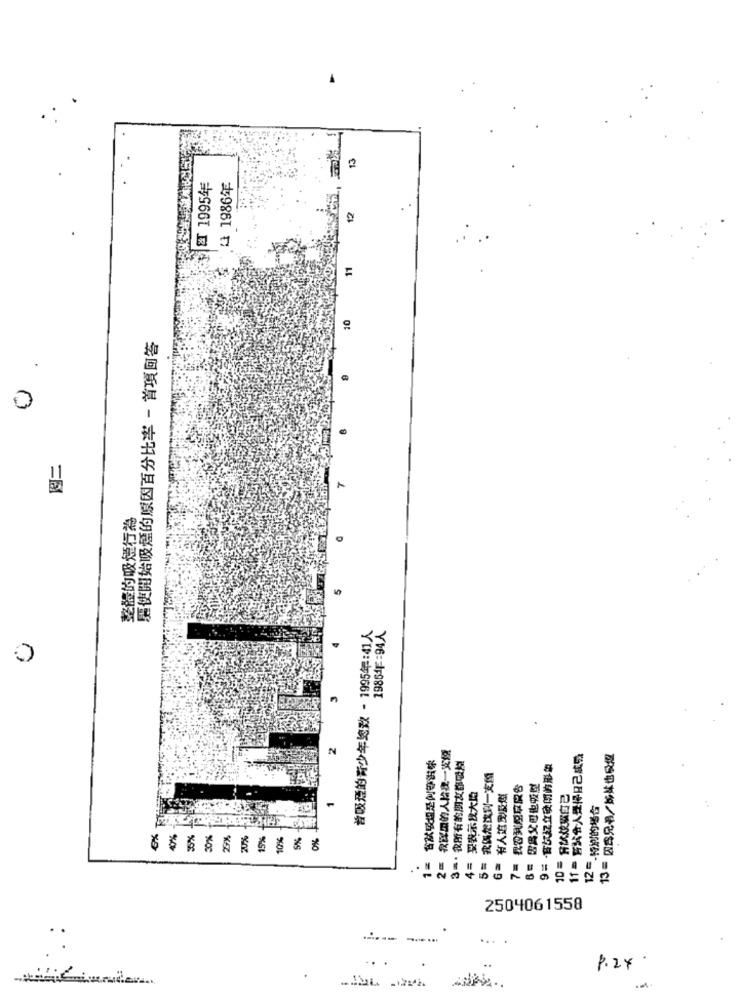
13
紅 1995年
4 1986年
12
11
10
驅使開始吸煙的原因百分比率 - 首項回答
周二
整體的吸煙行為
普吸理的青少年地致 - 1995年:41人
1986年年=94人
2= 我深黑的人給我一支燒
N
台武吸恒是何等滋味
11= 點公會人覺得日己成員
13= 四含兄书/杨林也会做
3 =· 我所有的朋友都吸證
9= · 音比z立喷闭的形象
5= 我偶然找到一支付
7= 我公升型享良告
6= 因為父母也吸型
4= 要我示发大厦
G= 有人馆愛及做
10= 方は焼く自己
12 =- 特別的場合
2g
20%
10%
6楼的消防资费造茶器
1.
2504061558
P.24.